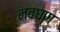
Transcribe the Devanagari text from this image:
नवघण